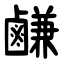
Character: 鹻